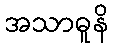
အသာဓူနိ